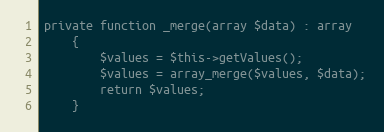
Language: PHP
private function _merge(array $data) : array
    {
        $values = $this->getValues();
        $values = array_merge($values, $data);
        return $values;
    }